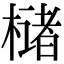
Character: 槠